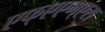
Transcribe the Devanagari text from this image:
एफ्‌एएम्‌एस